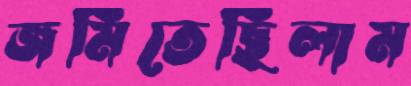
জমিতেছিলাম